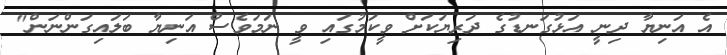
އެ އަނިޔާ ދިނީ އަޅުގަނޑުގެ ދަރިޔަކަށް ވީކަމުގައި ވީ ނަމަވެސް އަނިޔާ ބަލައިގަންނަން"